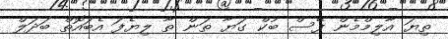
ތިޔަ އާލިމްމެން ފޭސް ބުކް ގަޔާ ތަން ތާ ލިޔެފަ އެބައޮތް ބަދަލް